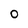
Character: O